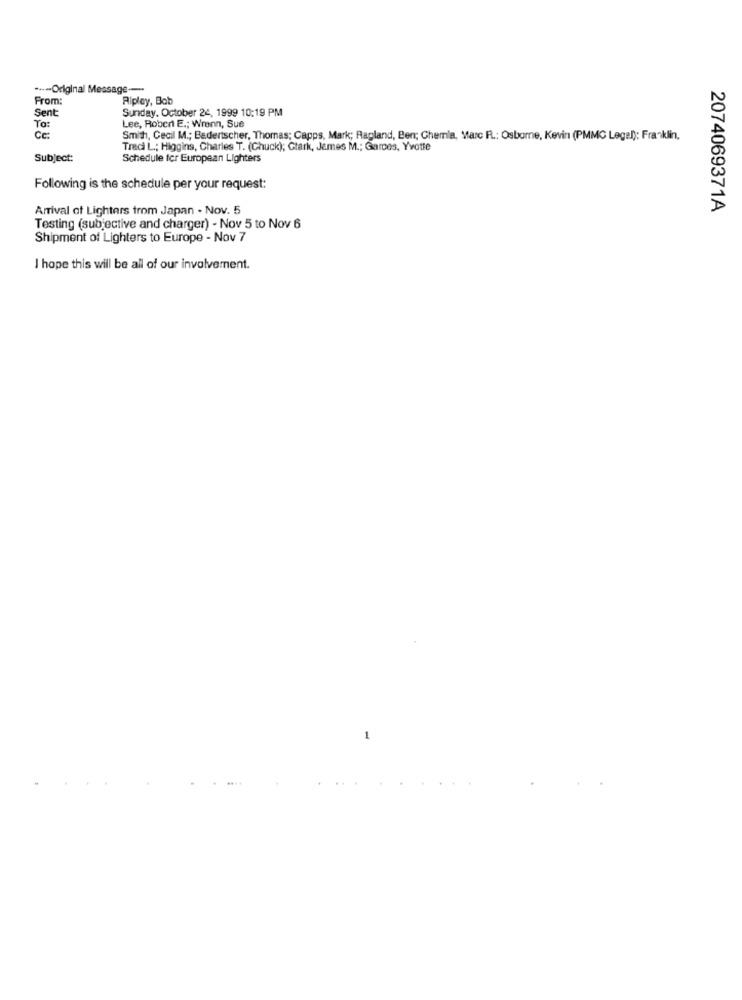
.--- Original Message --
From:
Ripley, Bob
Sent
Sunday, October 24, 1999 10:19 PM
Lee, Robert E .; Wrenn, Sue
To:
Ce
Smith, Cecil M .; Badertscher, Thomas; Capps, Mark; Ragland, Ben; Chemia, Marc F .: Osborne, Kevin (PMMC Legel): Franklin,
Tradi L .; Higgins, Charles T. (Chuck); Clark, James M .; Garces, Yvotte
Subject:
Schedule for European Lighters
Following is the schedule per your request:
Arrival of Lighters from Japan - Nov. 5
2074069371A
Testing (subjective and charger) - Nov 5 to Nov 6
Shipment of Lighters to Europe - Nov 7
I hope this will be all of our involvement.
1